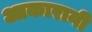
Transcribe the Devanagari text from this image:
आकारानी